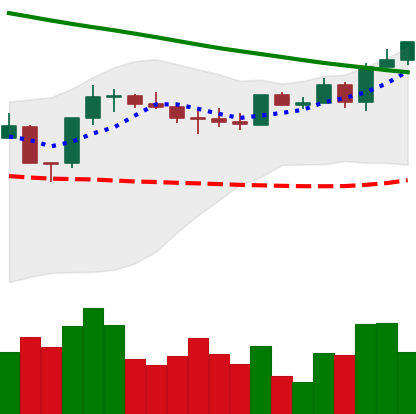
Ticker: ETH-USD
Chart end date: 2022-08-12
Forward return: -6.348%
Label: down_5_7